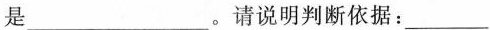
是___。请说明判断依据：___